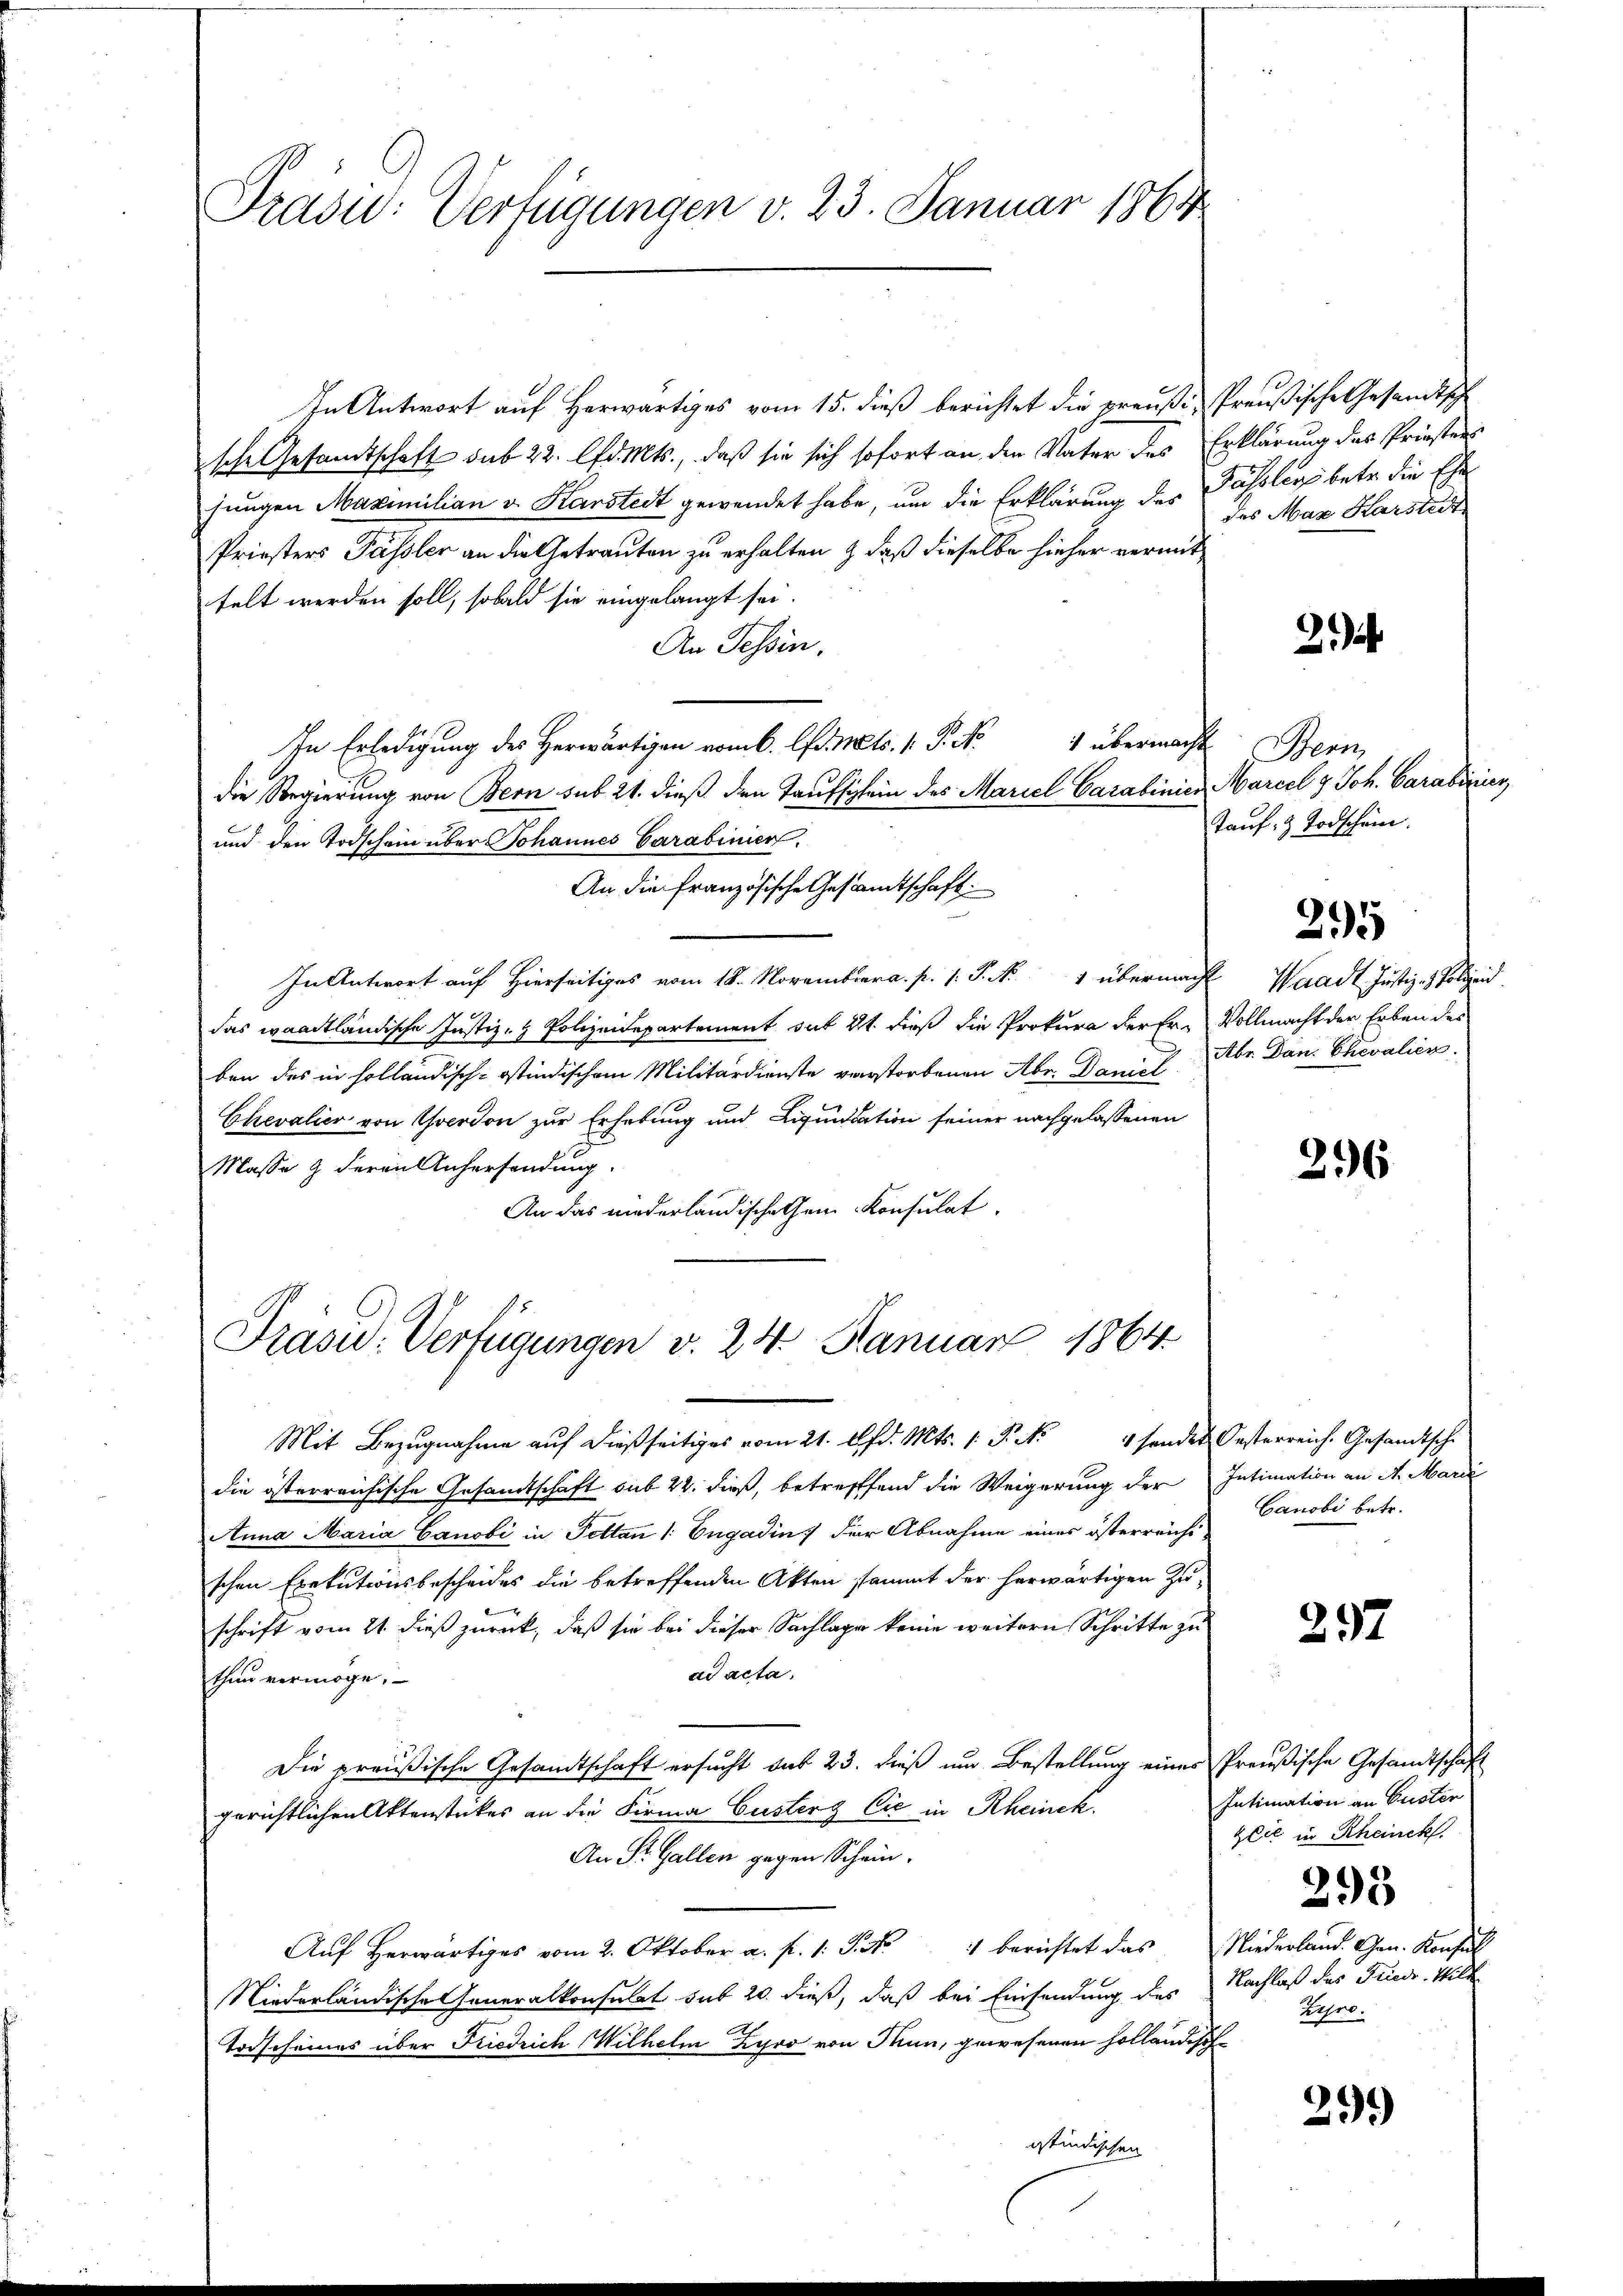
Präsid.: Verfügungen v. 23. Januar 1864

In Antwort auf Herwärtiges vom 15. dieß berichtet die preußi, Preußische Gesandtsche
sche Gesamtschaft sub 22. lfd. Mts., daß sie sich sofort an den Vater des Erklärung des Priestens
jungen Maximilian v. Karstedt gewendet habe, um die Erklärung der Passlers betr. die Ehe
Priesters Passler an die Getrauten zu erhalten & daß dieselbe hieher vermittelt werden soll, sobald sie eingelangt sei.
An Tessin.
1 übermacht
In Erledigung des Herwärtigen vom 6. Apr. Mts. 1. P. N
die Regierung von Bern sub 21. dieß den Taufschein des Mariel Carabinier Marcel & Joh. Carabizier
st
und den Todschein über Johannes Carabinier
An die französische Gesamtschaft
In Antwort auf Hierseitiges vom 18. November a. p. s. S. Nr. 1 übermacht Waadt Justiz- & Polizeid
das waadtländische Justiz- & Polizeidepartement dit 21. dieß die Prokura der Er- Vollmacht der Erben des
ben des in holländisch-ostindischem Militärdienste verstorbenen Abr. Daniel
Chevalier von Yverdon zur Erhebung und Liquidation seiner nachgelassenen
Masse g deren Anhersendung.
An das niederländische ein Konsulat

Präsid. Verfügungen v. 24. Januar 1864.

Mit Bezugnahme auf dießseitiges vom 21. lfd. Mts. 1. P. Nr. 4 fandes Oesterreich. Gesandtsche
die österreichische Gesandtschaft sub 22. dieß, betreffend die Weigerung der Intimation an A. Marie
Anna Maria Canobi in Pettan 1: Engadin der Abnahme eines österreichischen Exekutionsbescheides die betreffenden Akten sammt der herwärtigen Zuschrift vom 21. dieß zurück, daß sie bei dieser Sachlage keine weitern Schritte zu
ad acta.
thun vermöge.
Die preußische Gesandtschaft ersucht das 23. dieß um Bestellung eines Preußische Gesandtschaft
gerichtlichen Aktenstückes an die Firma Custer Cić in Rheinck
An St. Gallen gegen Schein.
Aŭf herwärtiges vom 2. Oktober a. f. 1. P. Nr. 4 berichtet das Niederland. Gen. Konsul
Niederländische Generalkonsulat sub 20. dieß, daß bei Einsendung des
Todscheines über Friedrich Wilhelm Zyro von Thun, gewesenen holländisch
ostindischen

des Max Harsteit

2

Bern,
auf 2 Todschein

Abr. Dan. Chevalien.

295

296

Canobi betr.

237

Intimation an Guster
Zeit in Rheinek
25
Nachlaß des Friedr. Wilde
zupro.

29.)